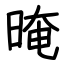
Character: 晻